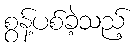
စွန့်ပစ်ခဲ့သည့်